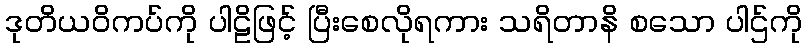
ဒုတိယဝိကပ်ကို ပါဠိဖြင့် ပြီးစေလိုရကား သရိတာနိ စသော ပါဌ်ကို